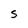
Character: S